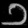
Digit: ၁